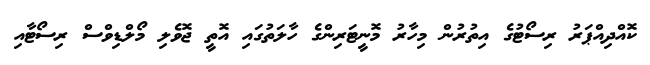
ކޮއްދިއްޕަރު ރިސޯޓުގެ އިތުރުން މިހާރު މޮނީޓަރިންގެ ހާލަތުގައި އޮތީ ޖޮވެލި މޯލްޑިވްސް ރިސޯޓާއި